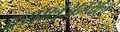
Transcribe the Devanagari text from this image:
दयालुअम्मल